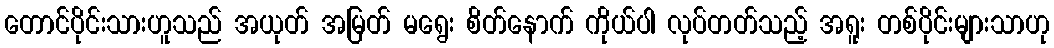
တောင်ပိုင်းသားဟူသည် အယုတ် အမြတ် မရွေး စိတ်နောက် ကိုယ်ပါ လုပ်တတ်သည့် အရူး တစ်ပိုင်းများသာဟု